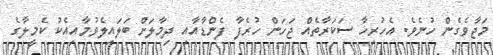
މަޖާވެގެން ހުނެވެ. އެހުރިހާ ސަކަރާތެއް ޖަހަން ހުރެފާ ފެންޑާއާއި ދިމާލަށް ބަލައިލެވުމާއިއެކު ކެމީލާގެ